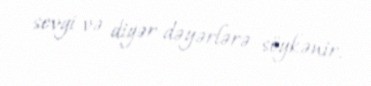
sevgi və digər dəyərlərə söykənir.